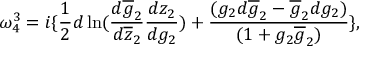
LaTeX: \omega _ { 4 } ^ { 3 } = i \{ \frac { 1 } { 2 } d \ln ( \frac { d \overline { { { g } } } _ { 2 } } { d \overline { { { z } } } _ { 2 } } \frac { d z _ { 2 } } { d g _ { 2 } } ) + \frac { ( g _ { 2 } d \overline { { { g } } } _ { 2 } - \overline { { { g } } } _ { 2 } d g _ { 2 } ) } { ( 1 + g _ { 2 } \overline { { { g } } } _ { 2 } ) } \} ,